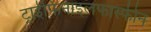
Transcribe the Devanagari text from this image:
ट्राईफिनाइलफास्फीन